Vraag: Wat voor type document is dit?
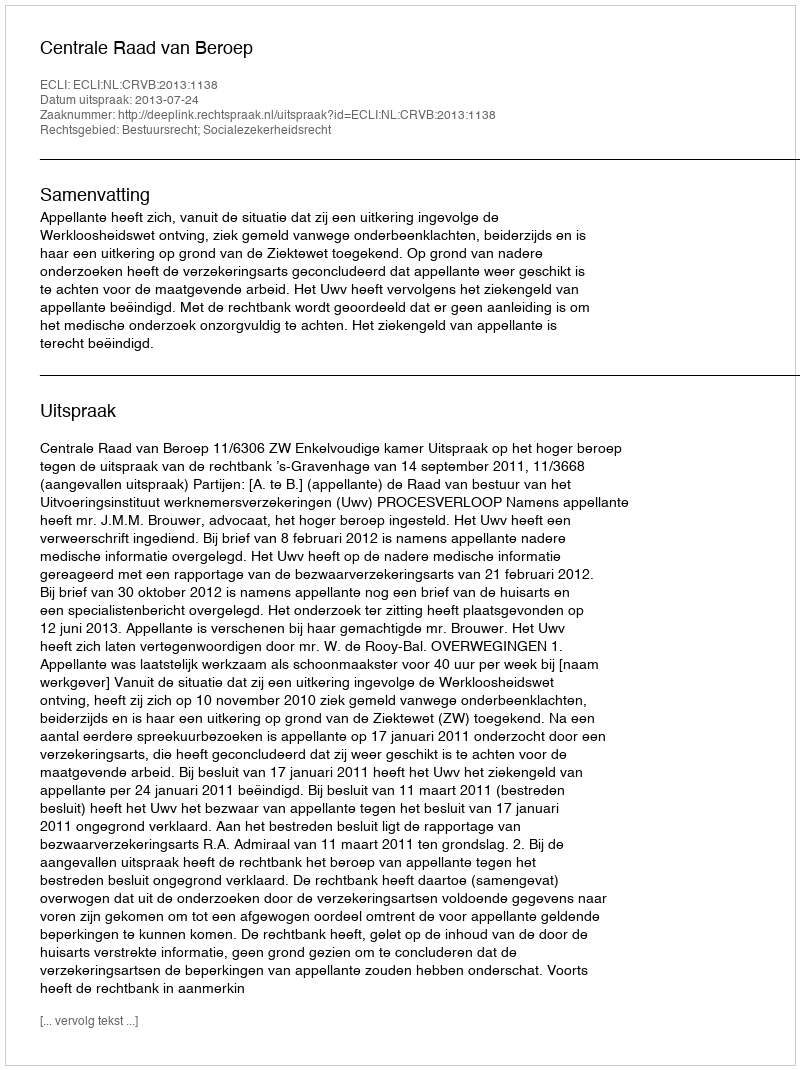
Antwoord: Uitspraak